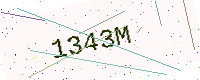
Text: 1343M